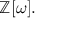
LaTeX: \mathbb { Z } [ \omega ] .